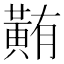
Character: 䵋